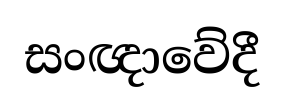
සංඥාවේදී